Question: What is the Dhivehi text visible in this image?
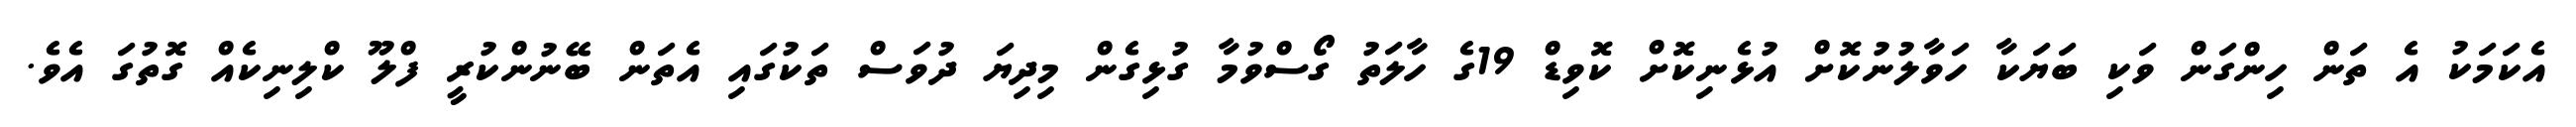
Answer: އެކަމަކު އެ ތަން ހިންގަން ވަކި ބަޔަކާ ހަވާލުނުކޮށް އުޅެނިކޮށް ކޮވިޑް 19ގެ ހާލަތު ގޯސްވުމާ ގުޅިގެން މިދިޔަ ދުވަސް ތަކުގައި އެތަން ބޭނުންކުރީ ފްލޫ ކްލިނިކެއް ގޮތުގަ އެވެ.